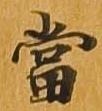
当